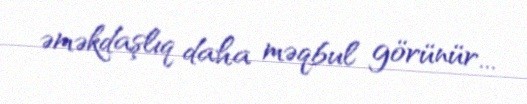
əməkdaşlıq daha məqbul görünür...